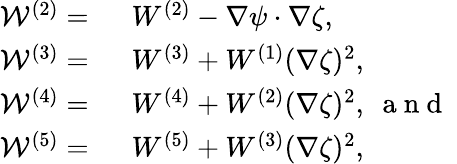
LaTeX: \begin{array}{rl}{\mathcal{W}^{(2)}=~}&{{}W^{(2)}-\nabla\psi\cdot\nabla\zeta,~}\\ {\mathcal{W}^{(3)}=~}&{{}W^{(3)}+W^{(1)}(\nabla\zeta)^{2},}\\ {\mathcal{W}^{(4)}=~}&{{}W^{(4)}+W^{(2)}(\nabla\zeta)^{2},~\mathrm{~a~n~d~}~}\\ {\mathcal{W}^{(5)}=~}&{{}W^{(5)}+W^{(3)}(\nabla\zeta)^{2},}\end{array}